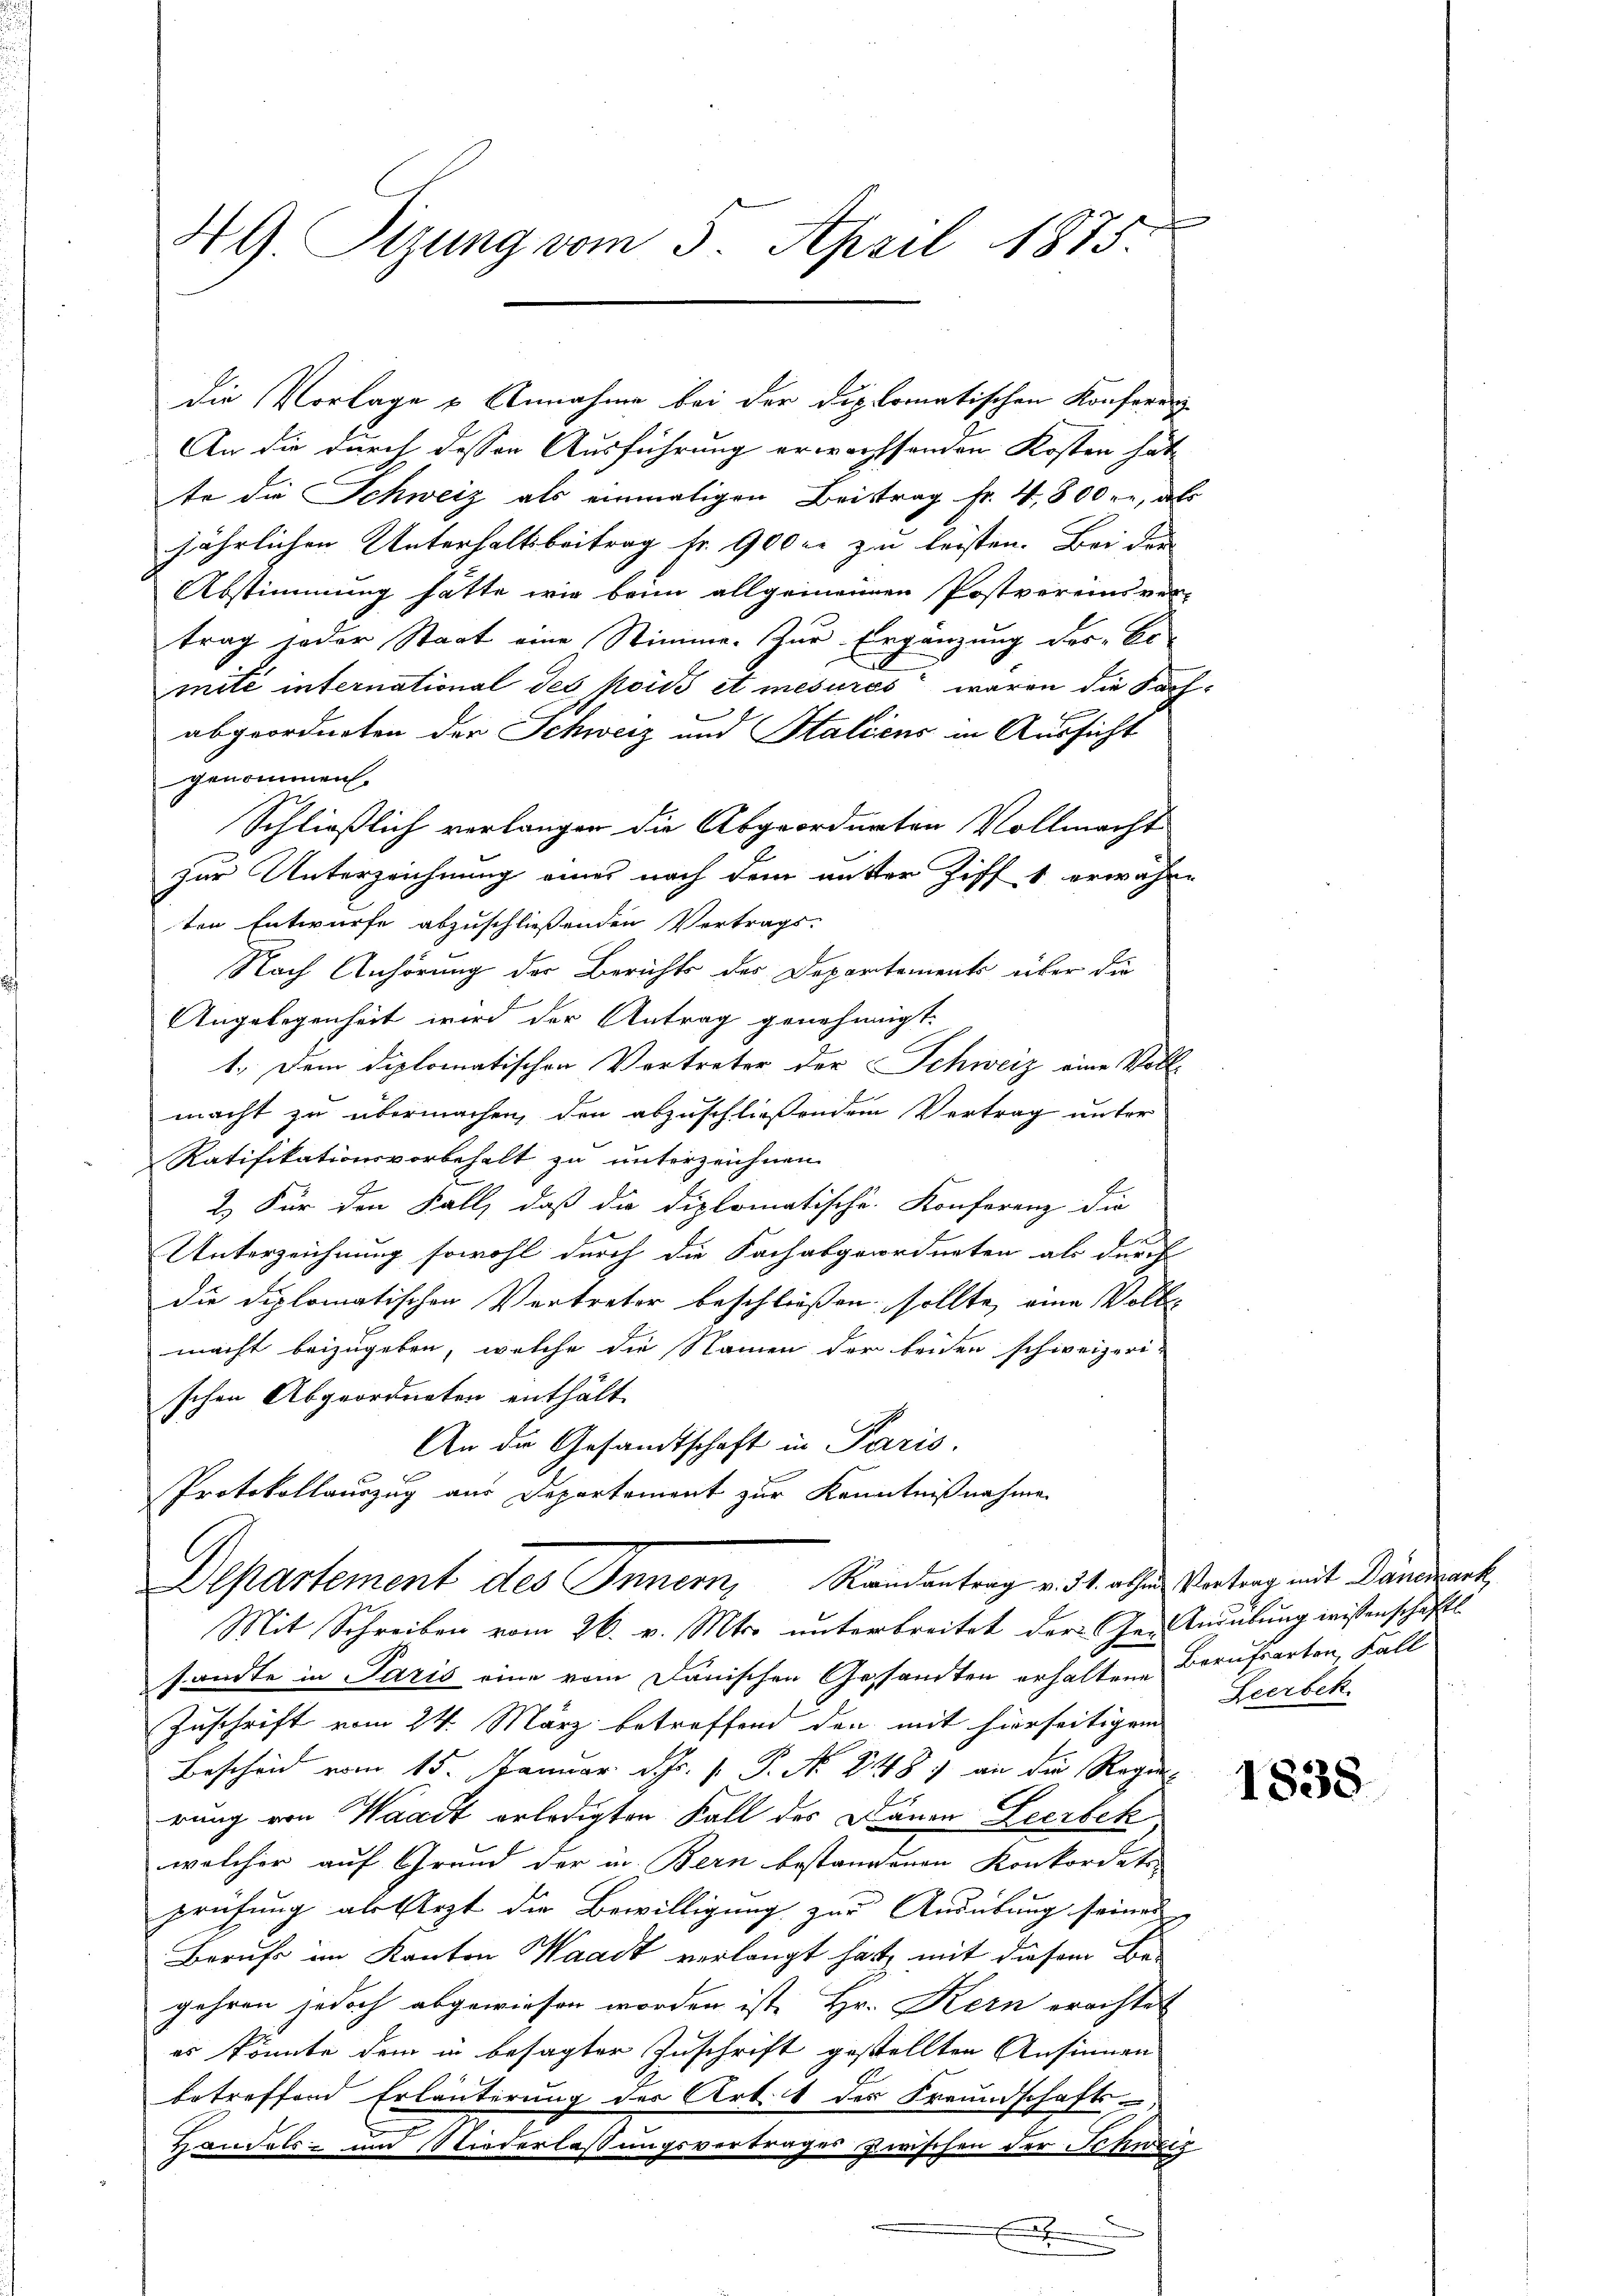
49. Sizung vom 5. April 1875.

die Vorlage u Annahme bei der diplomatischen Konferen
An die durch dessen Ausführung erwachsenden Kosten hat
te die Schweiz als einmaligen Beitrag Fr. 4,800 rr, dass
jährlichen Unterhaltsbeitrag fr. 900 er zu leisten. Bei der
Abstimmung hätte wie beim allgemeinnen Postvereins vor-
trag jeder Staat eine Stimme. Zur Ergänzung der Er-
mité international des kois et mesures waren die Sach-
abgeordneten der Schweiz und Stalicus in Aussicht
genommen.
Schließlich verlangen die Abgeordneten Vollmacht
zur Unterzeichnung eines nach dem außer Ziff 1 erwähnten Entwurfe abzuschließenden Vertrags-
Nach Anhörung der Berichts des Departements über die
Angelegenheit wird der Antrag genehmigt.
1. Dem diplomatischen Vertreter der Schweiz eine Voll-
macht zu übermachen, den abzuschließendem Vertrag unter
Ratifikationsvorbehalt zu unterzeichnen.
2.) Für den Fall, daß die Diplomatische Konferenz die
E
Unterzeichnung sowohl durch die Sach abgeordneten als durch
die diplomatischen Vertreter beschließen sollte, eine Voll-
macht beizugeben, welche die Namen der beiden schweizeri-
schen Abgeordneten enthält
An die Gesandtschaft in Paris.
Protokollauszug aus Departement zur Kenntnißnahme
Departement des Innern, Standentrag v. 31. allen Vertrag mit Danach
Mit Schreiben vom 26. v. Mts. unterbreitet der den Liebung wissenschaftl.
sandte in Paris eine vom Janischen Gesandten erhaltene Berufsarten, Fall
Zuschrift vom 24. März betreffend den mit hierseitigem
Bescheid vom 15. Januar d. Js. v. P. Nr. 248) an die Regenrung von Waadt erledigten Fall des Davon Leerbek
welcher auf Grund der in Bern bestandenen Konkordats-
prüfung als Elezt die Bewilligung zur Ausübung seines
Berufs im Kanton Waadt verlangt hat, mit diesem Be-
gehren jedoch abgewiesen worden ist, Hr. Kern erachtet
es könnte dem in besagter Zuschrift gestellten Ansinnen
betreffend Erläuterung der Art. 1 der Freundschafts-
Handels- und Niederlassungsvertrages zwischen der Schweiz
x

Seerbek

1838.